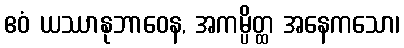
ဧဝံ ယဿာနုဘာဝေန, အကမ္ပိတ္ထ အနေကသော၊